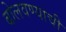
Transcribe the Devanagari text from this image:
बोलवण्याची